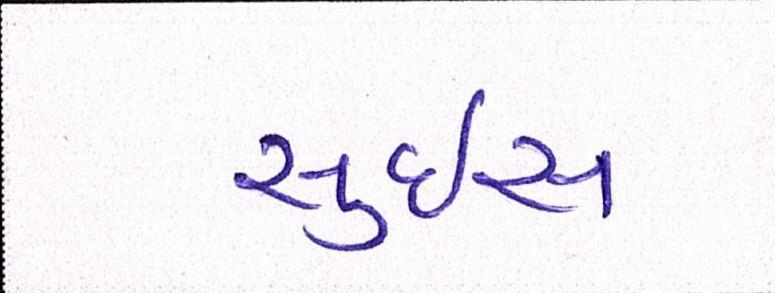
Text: સુઇસ